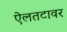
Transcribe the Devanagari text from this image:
ऐलतटावर